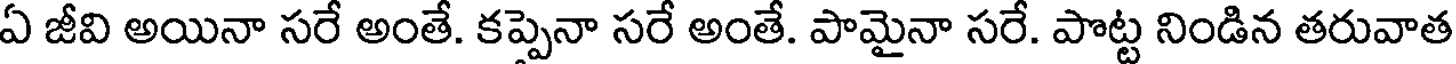
ఏ జీవి అయినా సరే అంతే. కప్పెనా సరే అంతే. పామైనా సరే. పొట్ట నిండిన తరువాత